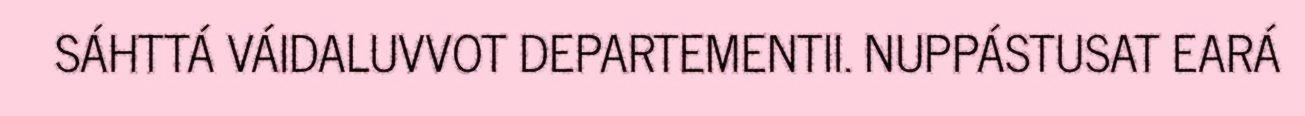
SÁHTTÁ VÁIDALUVVOT DEPARTEMENTII. NUPPÁSTUSAT EARÁ